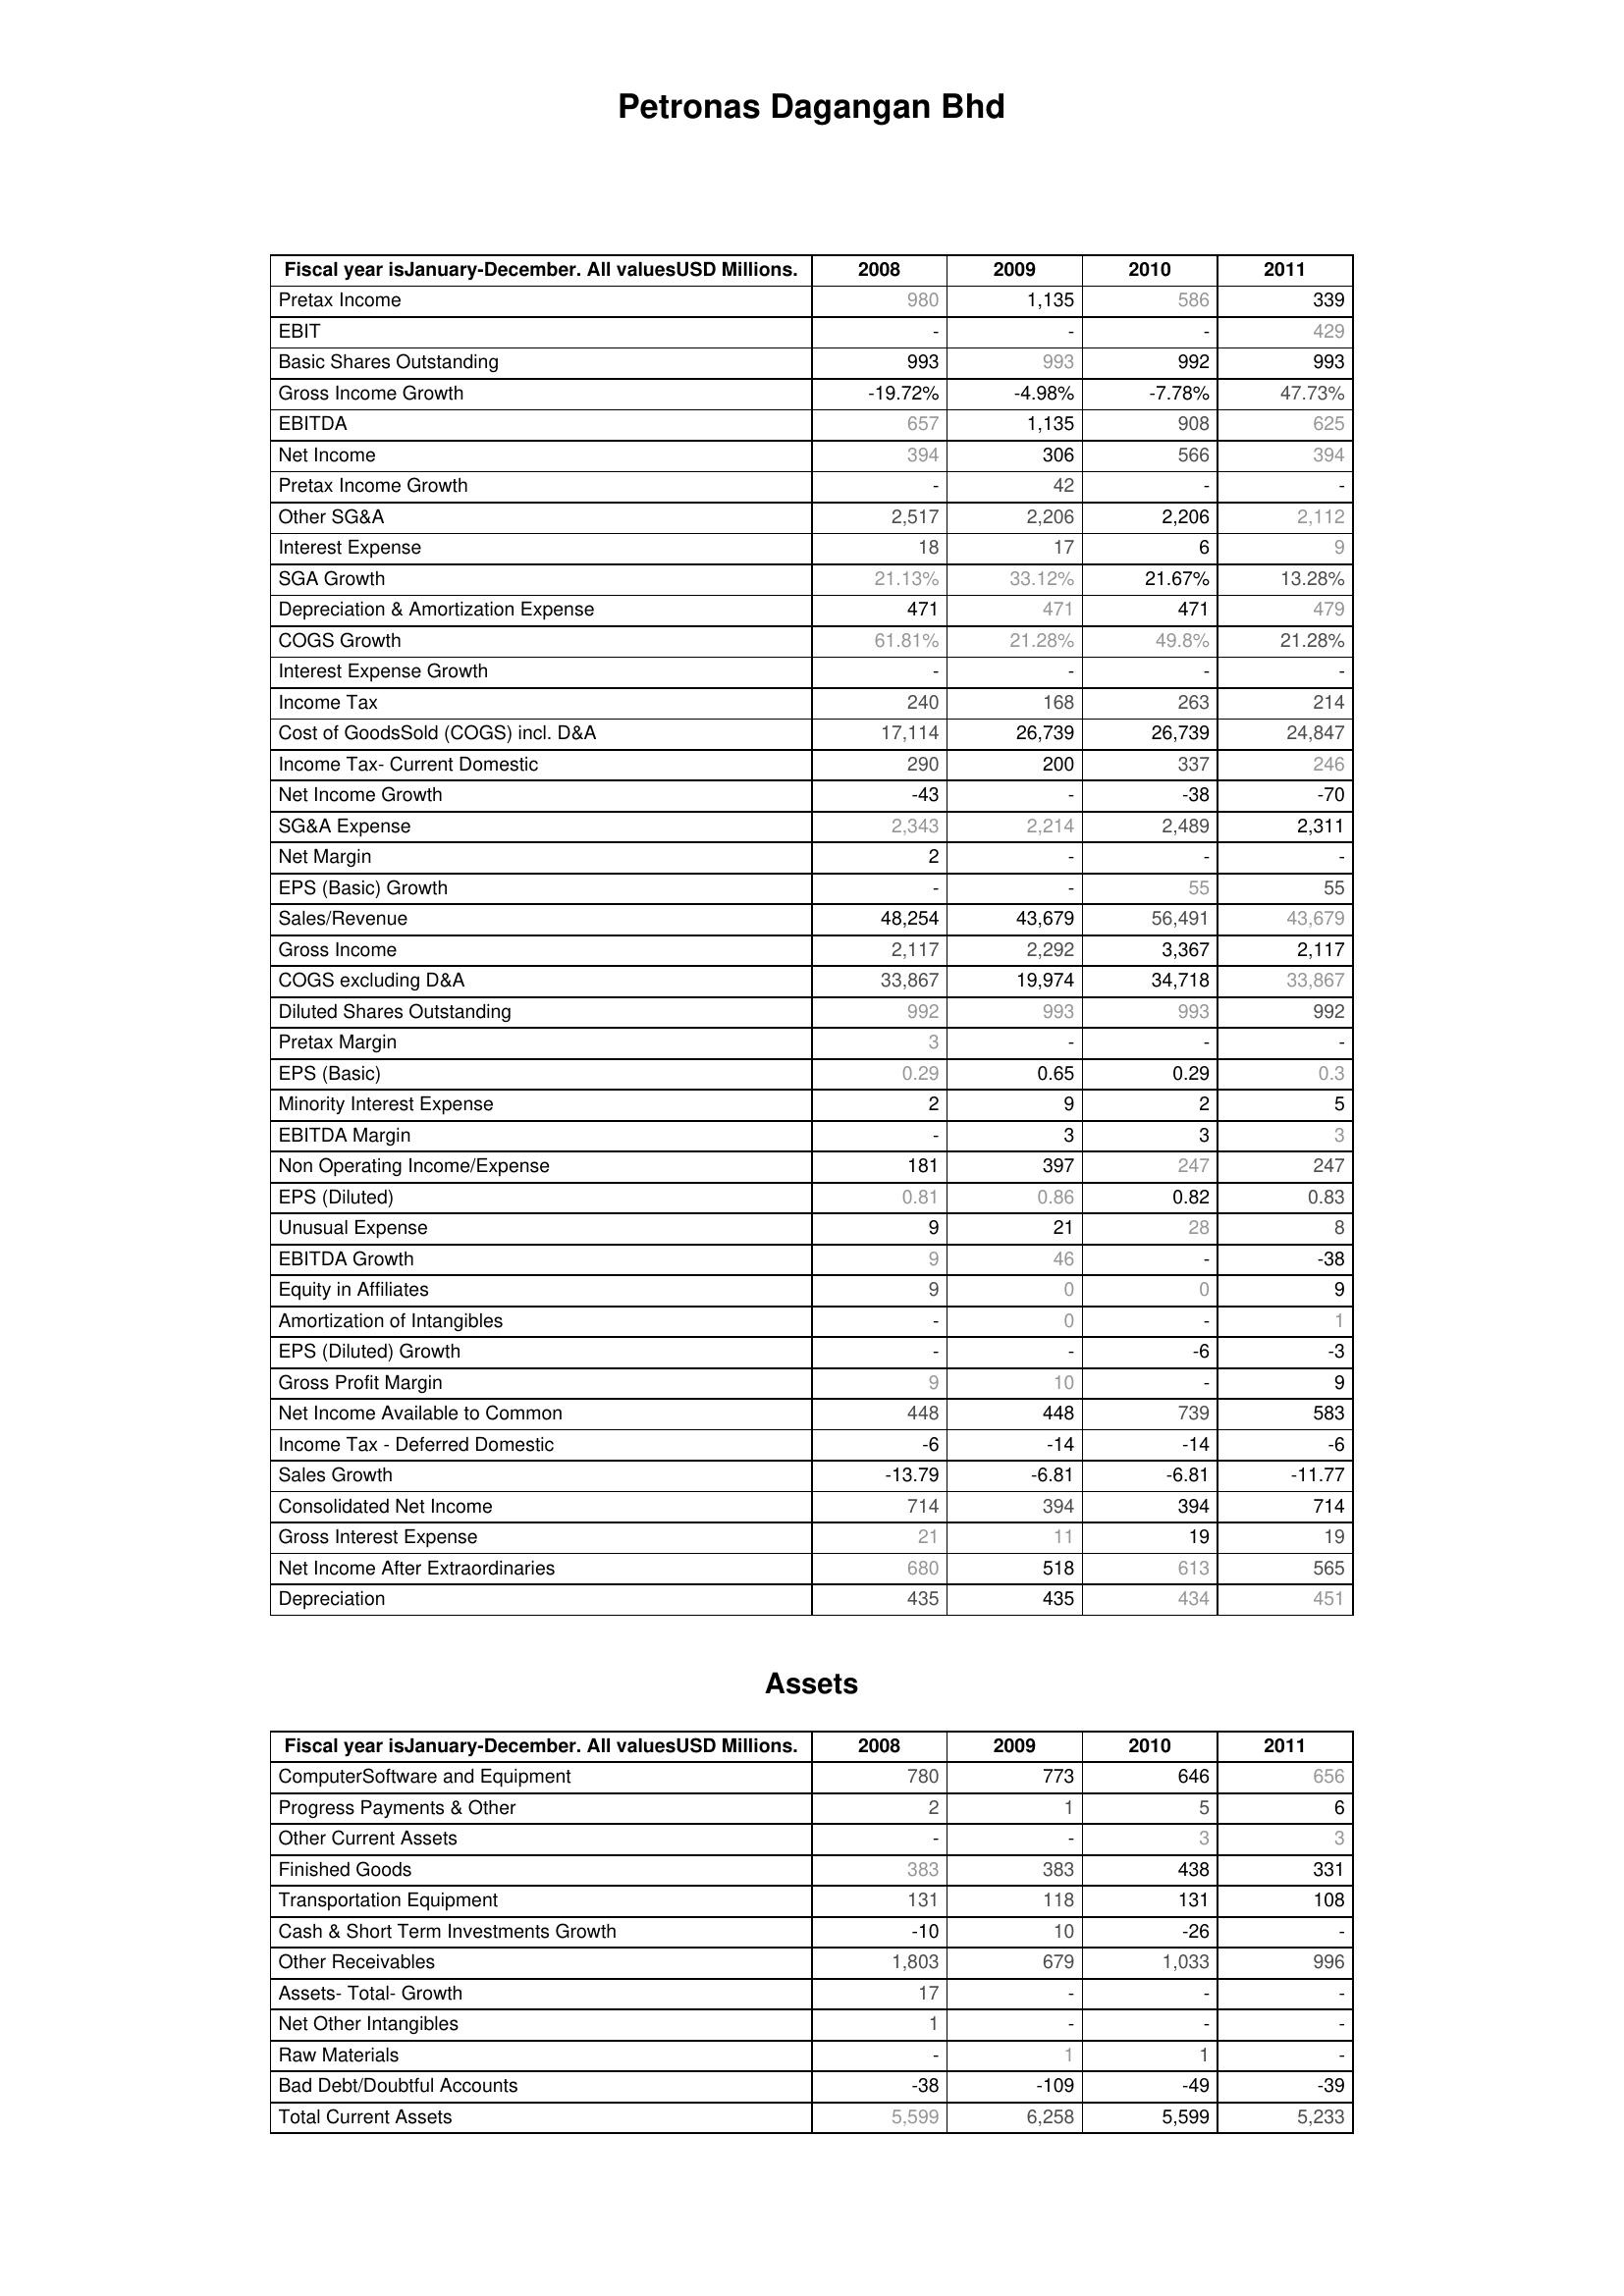
2008: : Pretax Income: 980
EBIT: -
Basic Shares Outstanding: 993
Gross Income Growth: -19.72%
EBITDA: 657
Net Income: 394
Pretax Income Growth: -
Other SG&A: 2,517
Interest Expense: 18
SGA Growth: 21.13%
Depreciation & Amortization Expense: 471
COGS Growth: 61.81%
Interest Expense Growth: -
Income Tax: 240
Cost of GoodsSold (COGS) incl. D&A: 17,114
Income Tax- Current Domestic: 290
Net Income Growth: -43
SG&A Expense: 2,343
Net Margin: 2
EPS (Basic) Growth: -
Sales/Revenue: 48,254
Gross Income: 2,117
COGS excluding D&A: 33,867
Diluted Shares Outstanding: 992
Pretax Margin: 3
EPS (Basic): 0.29
Minority Interest Expense: 2
EBITDA Margin: -
Non Operating Income/Expense: 181
EPS (Diluted): 0.81
Unusual Expense: 9
EBITDA Growth: 9
Equity in Affiliates: 9
Amortization of Intangibles: -
EPS (Diluted) Growth: -
Gross Profit Margin: 9
Net Income Available to Common: 448
Income Tax - Deferred Domestic: -6
Sales Growth: -13.79
Consolidated Net Income: 714
Gross Interest Expense: 21
Net Income After Extraordinaries: 680
Depreciation: 435
Assets: ComputerSoftware and Equipment: 780
Progress Payments & Other: 2
Other Current Assets: -
Finished Goods: 383
Transportation Equipment: 131
Cash & Short Term Investments Growth: -10
Other Receivables: 1,803
Assets- Total- Growth: 17
Net Other Intangibles: 1
Raw Materials: -
Bad Debt/Doubtful Accounts: -38
Total Current Assets: 5,599
2009: : Pretax Income: 1,135
EBIT: -
Basic Shares Outstanding: 993
Gross Income Growth: -4.98%
EBITDA: 1,135
Net Income: 306
Pretax Income Growth: 42
Other SG&A: 2,206
Interest Expense: 17
SGA Growth: 33.12%
Depreciation & Amortization Expense: 471
COGS Growth: 21.28%
Interest Expense Growth: -
Income Tax: 168
Cost of GoodsSold (COGS) incl. D&A: 26,739
Income Tax- Current Domestic: 200
Net Income Growth: -
SG&A Expense: 2,214
Net Margin: -
EPS (Basic) Growth: -
Sales/Revenue: 43,679
Gross Income: 2,292
COGS excluding D&A: 19,974
Diluted Shares Outstanding: 993
Pretax Margin: -
EPS (Basic): 0.65
Minority Interest Expense: 9
EBITDA Margin: 3
Non Operating Income/Expense: 397
EPS (Diluted): 0.86
Unusual Expense: 21
EBITDA Growth: 46
Equity in Affiliates: 0
Amortization of Intangibles: 0
EPS (Diluted) Growth: -
Gross Profit Margin: 10
Net Income Available to Common: 448
Income Tax - Deferred Domestic: -14
Sales Growth: -6.81
Consolidated Net Income: 394
Gross Interest Expense: 11
Net Income After Extraordinaries: 518
Depreciation: 435
Assets: ComputerSoftware and Equipment: 773
Progress Payments & Other: 1
Other Current Assets: -
Finished Goods: 383
Transportation Equipment: 118
Cash & Short Term Investments Growth: 10
Other Receivables: 679
Assets- Total- Growth: -
Net Other Intangibles: -
Raw Materials: 1
Bad Debt/Doubtful Accounts: -109
Total Current Assets: 6,258
2010: : Pretax Income: 586
EBIT: -
Basic Shares Outstanding: 992
Gross Income Growth: -7.78%
EBITDA: 908
Net Income: 566
Pretax Income Growth: -
Other SG&A: 2,206
Interest Expense: 6
SGA Growth: 21.67%
Depreciation & Amortization Expense: 471
COGS Growth: 49.8%
Interest Expense Growth: -
Income Tax: 263
Cost of GoodsSold (COGS) incl. D&A: 26,739
Income Tax- Current Domestic: 337
Net Income Growth: -38
SG&A Expense: 2,489
Net Margin: -
EPS (Basic) Growth: 55
Sales/Revenue: 56,491
Gross Income: 3,367
COGS excluding D&A: 34,718
Diluted Shares Outstanding: 993
Pretax Margin: -
EPS (Basic): 0.29
Minority Interest Expense: 2
EBITDA Margin: 3
Non Operating Income/Expense: 247
EPS (Diluted): 0.82
Unusual Expense: 28
EBITDA Growth: -
Equity in Affiliates: 0
Amortization of Intangibles: -
EPS (Diluted) Growth: -6
Gross Profit Margin: -
Net Income Available to Common: 739
Income Tax - Deferred Domestic: -14
Sales Growth: -6.81
Consolidated Net Income: 394
Gross Interest Expense: 19
Net Income After Extraordinaries: 613
Depreciation: 434
Assets: ComputerSoftware and Equipment: 646
Progress Payments & Other: 5
Other Current Assets: 3
Finished Goods: 438
Transportation Equipment: 131
Cash & Short Term Investments Growth: -26
Other Receivables: 1,033
Assets- Total- Growth: -
Net Other Intangibles: -
Raw Materials: 1
Bad Debt/Doubtful Accounts: -49
Total Current Assets: 5,599
2011: : Pretax Income: 339
EBIT: 429
Basic Shares Outstanding: 993
Gross Income Growth: 47.73%
EBITDA: 625
Net Income: 394
Pretax Income Growth: -
Other SG&A: 2,112
Interest Expense: 9
SGA Growth: 13.28%
Depreciation & Amortization Expense: 479
COGS Growth: 21.28%
Interest Expense Growth: -
Income Tax: 214
Cost of GoodsSold (COGS) incl. D&A: 24,847
Income Tax- Current Domestic: 246
Net Income Growth: -70
SG&A Expense: 2,311
Net Margin: -
EPS (Basic) Growth: 55
Sales/Revenue: 43,679
Gross Income: 2,117
COGS excluding D&A: 33,867
Diluted Shares Outstanding: 992
Pretax Margin: -
EPS (Basic): 0.3
Minority Interest Expense: 5
EBITDA Margin: 3
Non Operating Income/Expense: 247
EPS (Diluted): 0.83
Unusual Expense: 8
EBITDA Growth: -38
Equity in Affiliates: 9
Amortization of Intangibles: 1
EPS (Diluted) Growth: -3
Gross Profit Margin: 9
Net Income Available to Common: 583
Income Tax - Deferred Domestic: -6
Sales Growth: -11.77
Consolidated Net Income: 714
Gross Interest Expense: 19
Net Income After Extraordinaries: 565
Depreciation: 451
Assets: ComputerSoftware and Equipment: 656
Progress Payments & Other: 6
Other Current Assets: 3
Finished Goods: 331
Transportation Equipment: 108
Cash & Short Term Investments Growth: -
Other Receivables: 996
Assets- Total- Growth: -
Net Other Intangibles: -
Raw Materials: -
Bad Debt/Doubtful Accounts: -39
Total Current Assets: 5,233